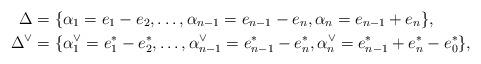
LaTeX: \begin{align*}\Delta&=\{\alpha_1= e_1-e_2, \ldots, \alpha_{n-1}= e_{n-1} -e_n, \alpha_n= e_{n-1}+e_n\}, \\\Delta^\vee &=\{ \alpha_1^{\vee}= e_1^*-e_2^*, \ldots, \alpha_{n-1}^\vee= e_{n-1}^* -e_n^*, \alpha_n^\vee= e_{n-1}^* + e_n^* - e_0^*\},\end{align*}